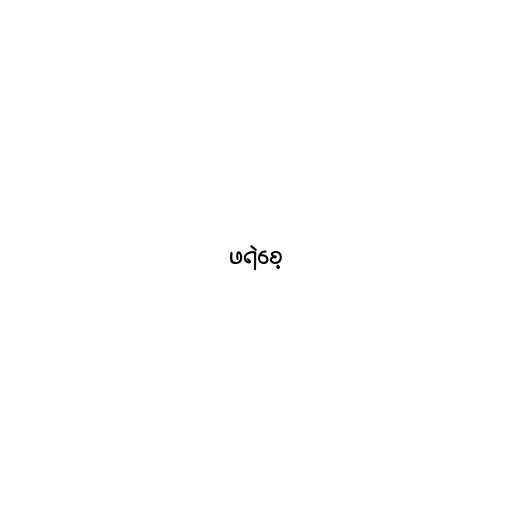
ဖရဲစေ့